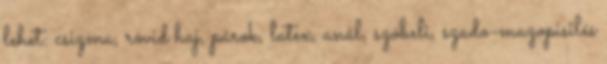
lehet: csizma, rövid haj, párok, latex, anál, szóbeli, szado-mazopisilés